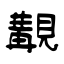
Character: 覯